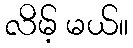
လိမ့် မယ်။